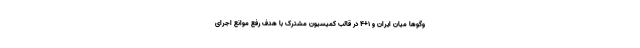
وگوها میان ایران و ۱+۴ در قالب کمیسیون مشترک با هدف رفع موانع اجرای